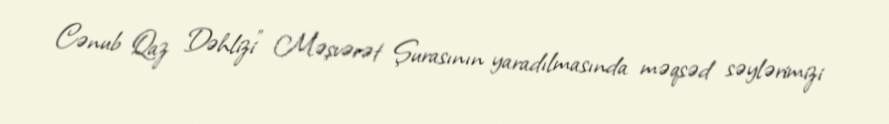
Cənub Qaz Dəhlizi” Məşvərət Şurasının yaradılmasında məqsəd səylərimizi